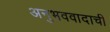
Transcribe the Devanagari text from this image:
अनुभववादाची